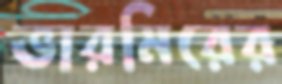
ভারমিরের